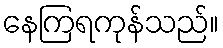
နေကြရကုန်သည်။